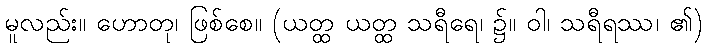
မူလည်း။ ဟောတု၊ ဖြစ်စေ။ (ယတ္ထ ယတ္ထ သရီရေ၊ ၌။ ဝါ၊ သရီရဿ၊ ၏)